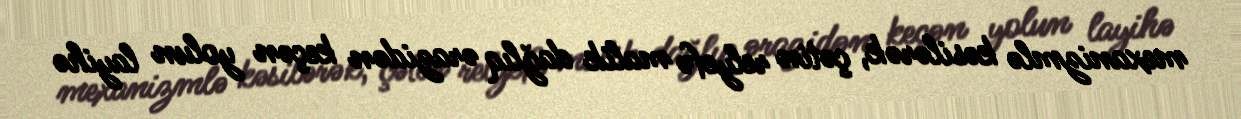
mexanizmlə kəsilərək, çətin relyefə malik dağlıq ərazidən keçən yolun layihə